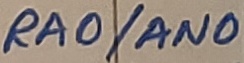
Text: RA0/AN0